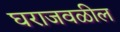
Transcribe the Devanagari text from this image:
घराजवळील